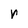
Character: r